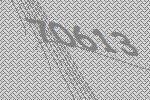
70613